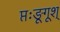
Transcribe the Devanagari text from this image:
प्तःङूगूश्